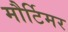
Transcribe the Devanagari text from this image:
मौर्टिमर